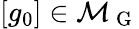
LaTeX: [g_{0}]\in\mathcal{M}_{\mathrm{~G~}}